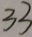
3 3